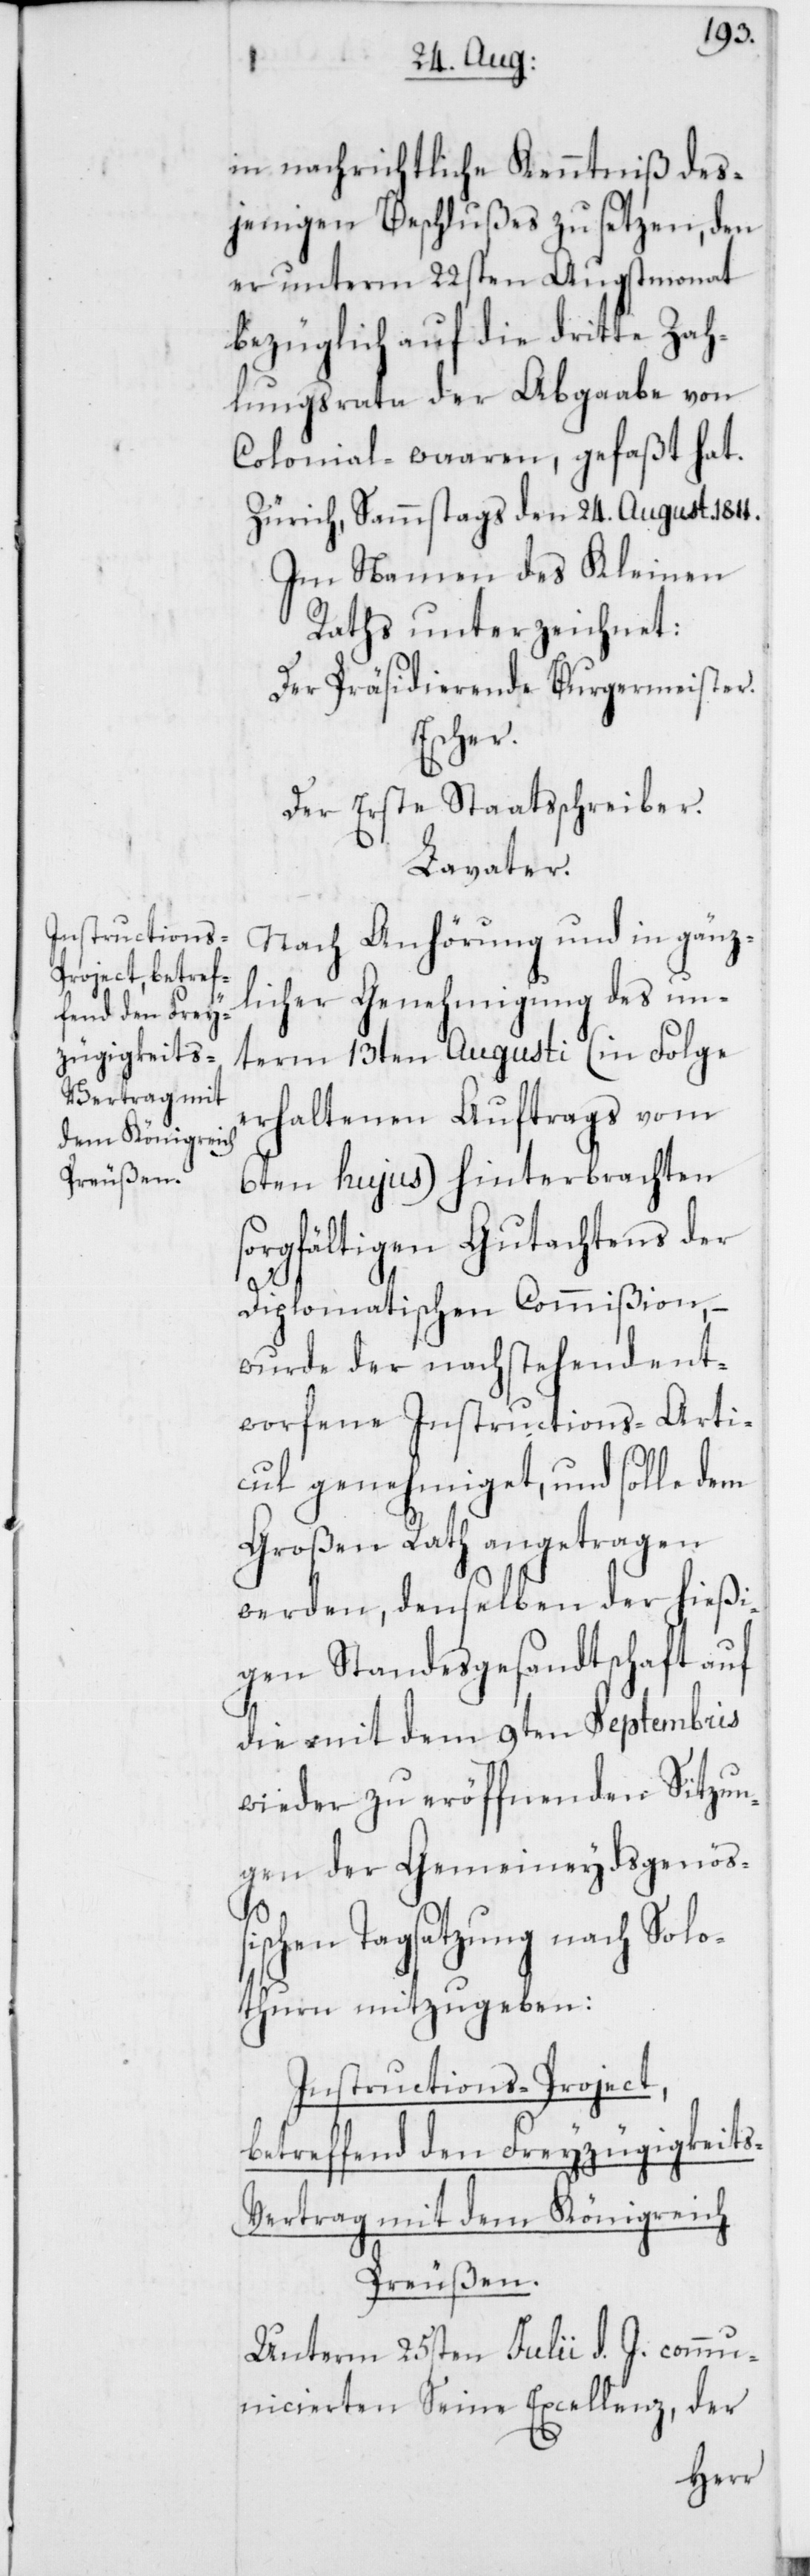
s-Vertrag mit
dem Königreich
Preußen.

in nachrichtliche Kenntniß des¬
jenigen Beschlußes zu setzen, den
er unterm 22sten Augstmonat
bezüglich auf die dritte Zah¬
lungsrata der Abgaabe von
Colonial-waaren, gefaßt hat.
Zürich, Sammstags den 24. Augusti 1811.
Im Namen des Kleinen
Raths unterzeichnet:
Der Präsidierende Burgermeister.
Escher.
Der Erste Staatsschreiber.
Lavater.
Nach Anhörung und in gänz¬
licher Genehmigung des un¬
term 13ten Augusti (in Folge
erhaltenen Auftrags vom
6ten hujus) hinterbrachten
sorgfältigen Gutachtens der
Diplomatischen Commißion,
wurde der nachstehendent¬
worfene Instructions-Arti¬
cul genehmiget, und solle dem
Großen Rath angetragen
werden, demselben der hießi¬
gen Standesgesandtschaft auf
die mit dem 9ten Septembris
wieder zu eröffnenden Sitzun¬
gen der Gemeineydsgenöß¬
ischen Tagsatzung nach Solo¬
thurn mitzugeben:
Instructions-Project,
betreffend den Freyzügigkeit¬
Unterm 25sten Julii d. J. commu¬
nicierten Seine Excellenz, der